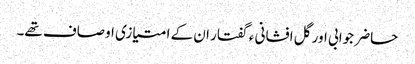
حاضر جوابی اور گل افشانی ء گفتار ان کے امتیازی اوصاف تھے۔